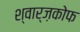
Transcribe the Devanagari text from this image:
श्वार्ज़कोफ